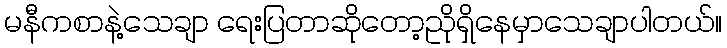
မနီကစာနဲ့သေချာ ရေးပြတာဆိုတော့ညိုရှိနေမှာသေချာပါတယ်။